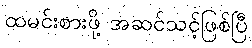
ထမင်းစားဖို့ အဆင်သင့်ဖြစ်ပြီ